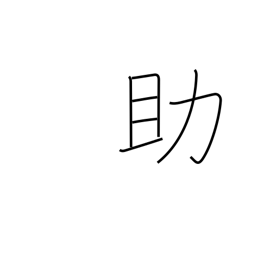
Meaning: assist